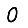
Digit: 0